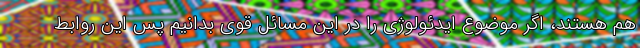
هم هستند، اگر موضوع ايدئولوژي را در اين مسائل قوي بدانيم پس اين روابط